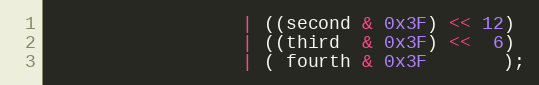
Language: C++
                  | ((second & 0x3F) << 12)
                  | ((third  & 0x3F) <<  6)
                  | ( fourth & 0x3F       );